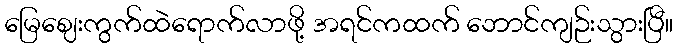
မြေဈေးကွက်ထဲရောက်လာဖို့ အရင်ကထက် ဘောင်ကျဉ်းသွားပြီ။